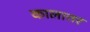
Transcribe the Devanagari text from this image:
कालात्तर